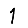
Digit: 1